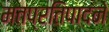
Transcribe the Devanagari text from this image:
मतप्रतिपादने